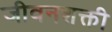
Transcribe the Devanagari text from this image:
जीवनशक्ती